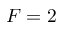
F = 2